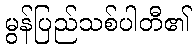
မွန်ပြည်သစ်ပါတီ၏